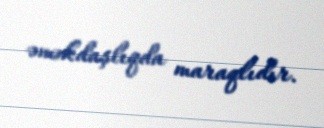
əməkdaşlıqda maraqlıdır.